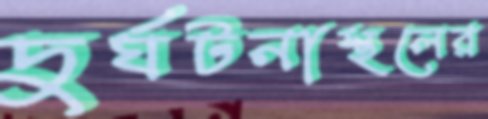
দুর্ঘটনাস্থলের